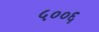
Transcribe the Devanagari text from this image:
५००६